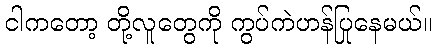
ငါကတော့ တို့လူတွေကို ကွပ်ကဲဟန်ပြုနေမယ်။